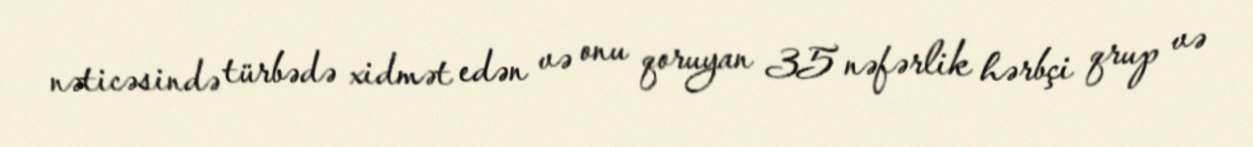
nəticəsində türbədə xidmət edən və onu qoruyan 35 nəfərlik hərbçi qrup və